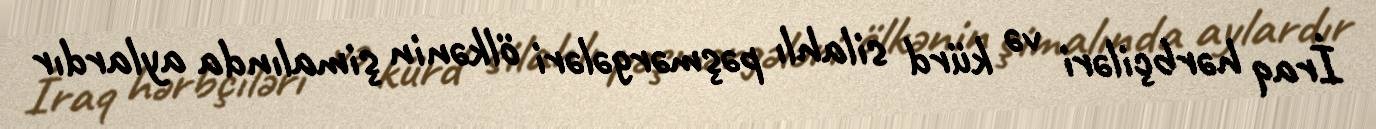
İraq hərbçiləri və kürd silahlı pəşmərgələri ölkənin şimalında aylardır